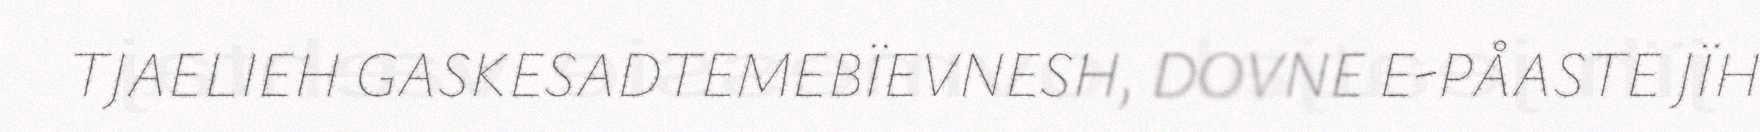
TJAELIEH GASKESADTEMEBÏEVNESH, DOVNE E-PÅASTE JÏH